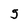
Character: 3